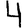
Digit: 4